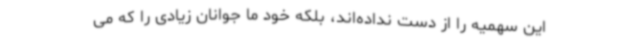
این سهمیه را از دست نداده‌اند، بلکه خود ما جوانان زیادی را که می‌